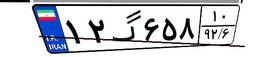
۱۲گ۶۵۸۱۰